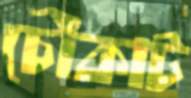
চৌকাট